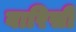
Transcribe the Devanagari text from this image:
वारिसी